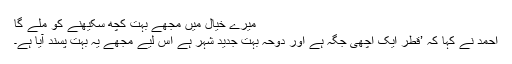
میرے خیال میں مجھے بہت کچھ سکیھنے کو ملے گا
احمد نے کہا کہ ’قطر ایک اچھی جگہ ہے اور دوحہ بہت جدید شہر ہے اس لیے مجھے یہ بہت پسند آیا ہے۔